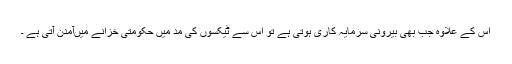
اس کے علاوہ جب بھی بیرونی سرمایہ کاری ہوتی ہے تو اس سے ٹیکسوں کی مد میں حکومتی خزانے میںآمدن آتی ہے ۔